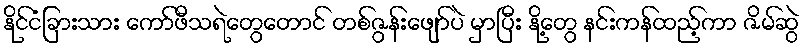
နိုင်ငံခြားသား ကော်ဖီသရဲတွေတောင် တစ်ဇွန်းဖျော်ပဲ မှာပြီး နို့တွေ နင်းကန်ထည့်ကာ ဇိမ်ဆွဲ